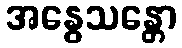
အနွေသန္တော